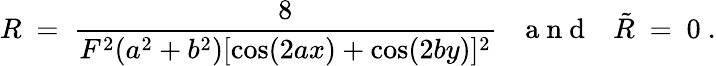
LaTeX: R\ =\ \frac{8}{F^{2}(a^{2}+b^{2})[\cos(2ax)+\cos(2by)]^{2}}{~~~\mathrm{~a~n~d~}~~~}\tilde{R}\ =\ 0~.